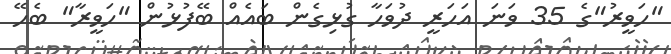
"ހަވީރު"ގެ 35 ވަނަ އަހަރީ ދުވަހާ ގުޅިގެން ބައެއް ބޭފުޅުން "ހަވީރާ" ބެހޭ